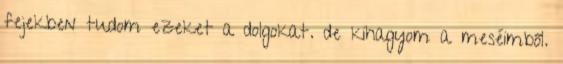
fejekben tudom ezeket a dolgokat. de kihagyom a meséimből.